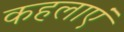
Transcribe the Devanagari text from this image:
कहलाएं